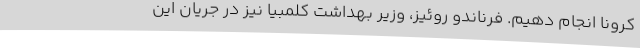
کرونا انجام دهیم. فرناندو روئیز، وزیر بهداشت کلمبیا نیز در جریان این